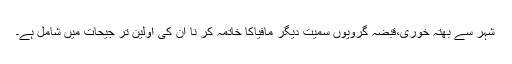
شہر سے بھتہ خوری،قبضہ گروپوں سمیت دیگر مافیاکا خاتمہ کر نا ان کی اولین تر جیحات میں شامل ہے۔